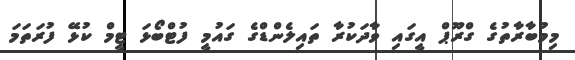
މިމުބާރާތުގެ ގްރޫޕް އީގައި ވާދަކުރާ ތައިލެންޑްގެ ގައުމީ ފުޓްބޯޅަ ޓީމް ކުޅޭ ފުރަތަމަ